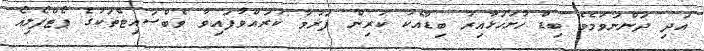
އަދި ދަންނަވަމެވެ ބިޑް ހުށަހަޅާއިރު ބިޑާއެކު ކުރިން ފަރުމާ ކުރައްވާފައިވާ ވެބްސައިޓްތަކުގެ ޕޯޓްފޯލިއޯ